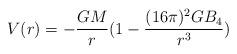
LaTeX: \begin{align*}V(r) = -{GM\over r}(1 - {(16\pi)^2 G B_4\over r^3})\end{align*}